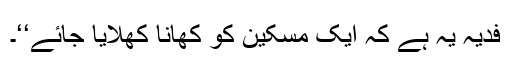
فدیہ یہ ہے کہ ایک مسکین کو کھانا کھلایا جائے‘‘۔